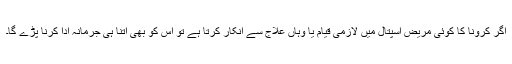
اگر کرونا کا کوئی مریض اسپتال میں لازمی قیام یا وہاں علاج سے انکار کرتا ہے تو اس کو بھی اتنا ہی جرمانہ ادا کرنا پڑے گا۔